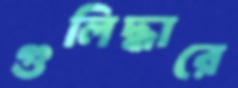
গুলিদ্ধারে